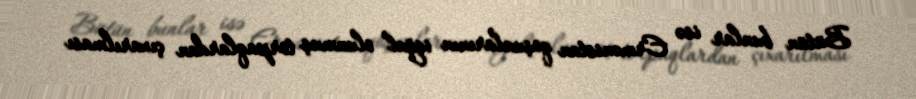
Bütün bunlar isə Ermənistan qoşunlarının işğal olunmuş torpaqlardan çıxarılması